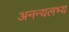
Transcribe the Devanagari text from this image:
अनन्यलभ्य